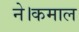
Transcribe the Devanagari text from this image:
ने।कमाल